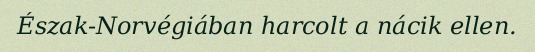
Észak-Norvégiában harcolt a nácik ellen.